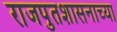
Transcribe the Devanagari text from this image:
राजपुतशासनाच्या